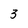
Character: 3